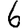
Digit: 6